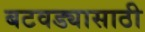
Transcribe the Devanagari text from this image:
बटवड्यासाठी